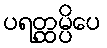
ပရတ္ထမ္ပိပေ